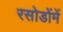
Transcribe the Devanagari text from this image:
रसोडोंमें